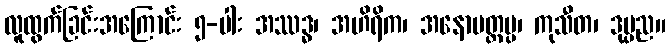
လူထွက်ခြင်းအကြောင်း ၅-ပါး အဿဒ္ဓ၊ အဟိရိက၊ အနောပတ္တပ္ပ၊ ကုသီတ၊ ဒုပ္ပည။